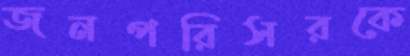
জনপরিসরকে